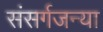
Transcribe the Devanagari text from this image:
संसर्गजन्या